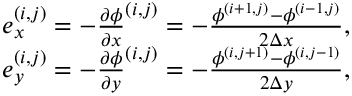
\begin{array} { r } { e _ { x } ^ { ( i , j ) } = - \frac { \partial \phi } { \partial x } ^ { ( i , j ) } = - \frac { \phi ^ { ( i + 1 , j ) } - \phi ^ { ( i - 1 , j ) } } { 2 \Delta x } , } \\ { e _ { y } ^ { ( i , j ) } = - \frac { \partial \phi } { \partial y } ^ { ( i , j ) } = - \frac { \phi ^ { ( i , j + 1 ) } - \phi ^ { ( i , j - 1 ) } } { 2 \Delta y } , } \end{array}